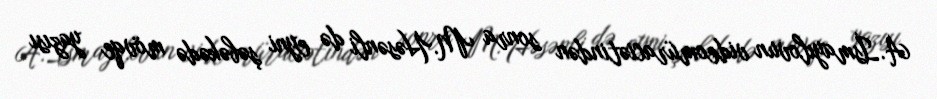
A.İsmayılovun videomüraciətindən sonra M.Həsənli də eyni şəbəkədə mövqe yazısı